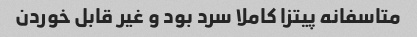
متاسفانه پیتزا کاملا سرد بود و غیر قابل خوردن